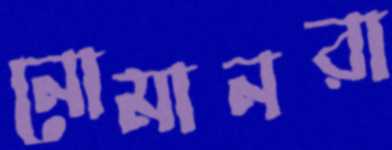
নোমানরা